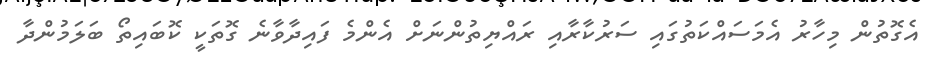
އެގޮތުން މިހާރު އެމަސައްކަތުގައި ސަރުކާރާއި ރައްޔިތުންނަށް އެންމެ ފައިދާވާނެ ގޮތަކީ ކޮބައިތޯ ބަލަމުންދާ